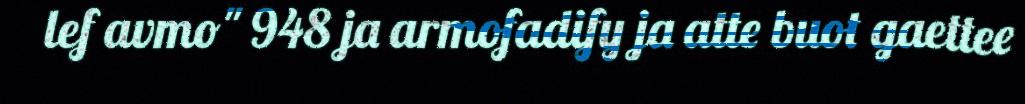
lef avmo" 948 ja armofadify ja atte buot gaettee